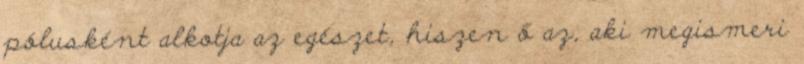
pólusként alkotja az egészet, hiszen ő az, aki megismeri